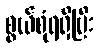
စွယ်စုံရရှိပြီး